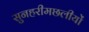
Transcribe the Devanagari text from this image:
सुनहरीमछलीयों